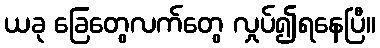
ယခု ခြေတွေလက်တွေ လှုပ်၍ရနေပြီ။